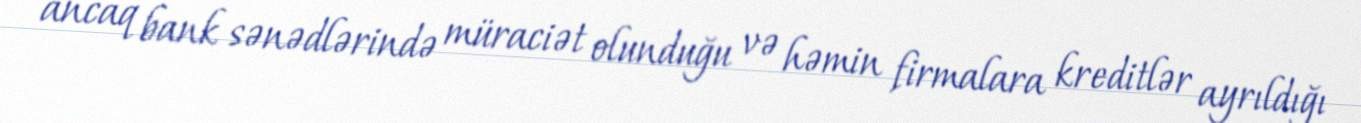
ancaq bank sənədlərində müraciət olunduğu və həmin firmalara kreditlər ayrıldığı